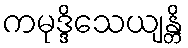
ကမုဒ္ဒိသေယျန္တိ